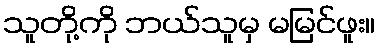
သူတို့ကို ဘယ်သူမှ မမြင်ဖူး။